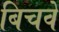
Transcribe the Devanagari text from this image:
बिचवे